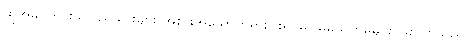
ထိုအခါ တိုင်းသူပြည်သားများ အစားအသောက်ရှားပါး၍ မငြိမ်မသက်မှုများ ဖြစ်လာသည်။